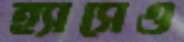
হ্যাসেও